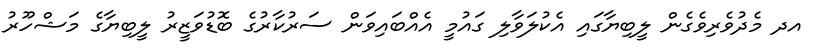
އދ މެދުވެރިވެގެން ލީބިޔާގައި އެކުލަވާލި ގައުމީ އެއްބައިވަން ސަރުކާރުގެ ބޮޑުވަޒީރު ލީބިޔާގެ މަޝްހޫރު